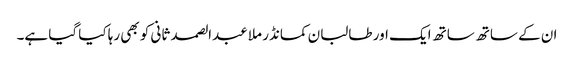
ان کے ساتھ ساتھ ایک اور طالبان کمانڈر ملا عبدالصمد ثانی کو بھی رہا کیا گیا ہے۔